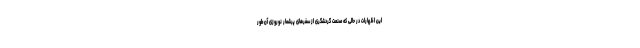
این اظهارات در حالی که صنعت گردشگری از سفرهای پرشمار نوروزی آن‌طور